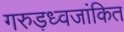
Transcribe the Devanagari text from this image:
गरुड़ध्वजांकित